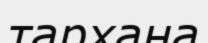
тархана